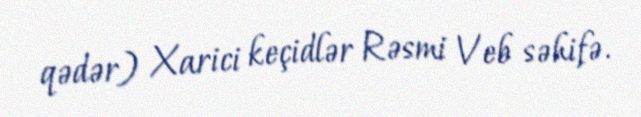
qədər) Xarici keçidlər Rəsmi Veb səhifə.